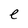
Character: e